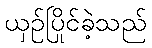
ယှဉ်ပြိုင်ခဲ့သည်